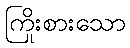
ကြိုးစားသော